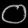
Digit: ၀